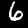
Digit: 6